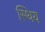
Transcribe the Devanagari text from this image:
स्थिय